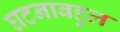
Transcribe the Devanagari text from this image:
घटनाबहुल